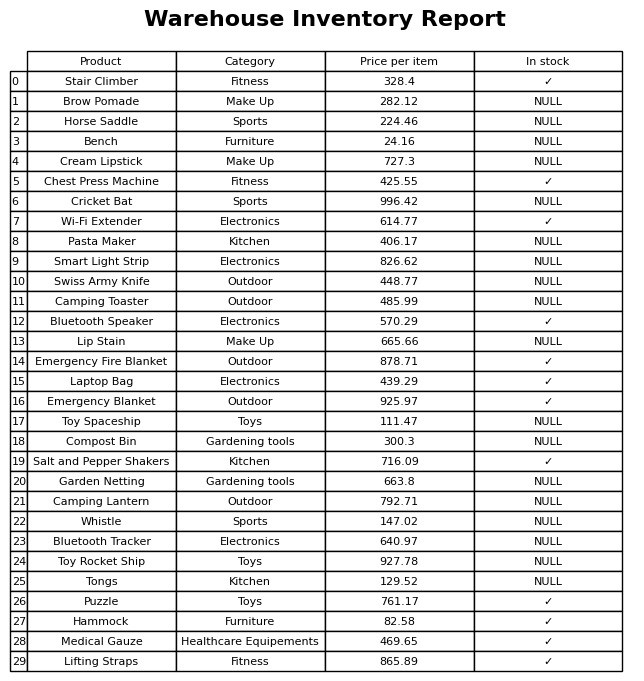
question: What is the stock status of the Lifting Straps?
answer: ✓